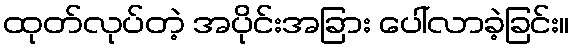
ထုတ်လုပ်တဲ့ အပိုင်းအခြား ပေါ်လာခဲ့ခြင်း။